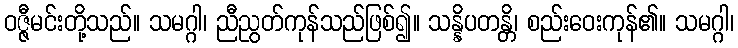
ဝဇ္ဇီမင်းတို့သည်။ သမဂ္ဂါ၊ ညီညွတ်ကုန်သည်ဖြစ်၍။ သန္နိပတန္တိ၊ စည်းဝေးကုန်၏။ သမဂ္ဂါ၊